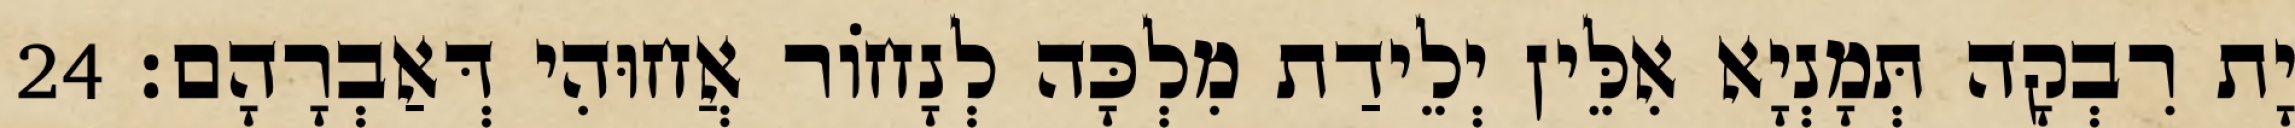
יָת רִבְקָה תְּמָנְיָא אִלֵּין יְלֵידַת מִלְכָּה לְנָחוֹר אֲחוּהִי דְּאַבְרָהָם׃ 24